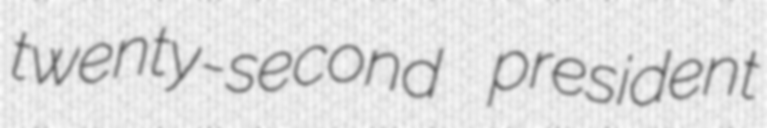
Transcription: twenty-second president